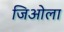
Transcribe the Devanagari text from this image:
जिओला